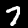
Label: 7